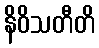
နိဝိသတီတိ